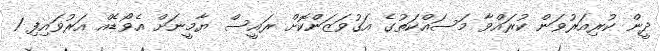
ދީން ކުރިއަރުވަން ކުރައްވާ މަސައްކަތުގެ އަގުވަޒަންކޮށް ރައީސް ޔާމީނަށް އެވޯޑެއް އަރުވައިފި 1